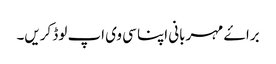
براۓ مہربانی اپنا سی وی اپ لوڈ کریں۔